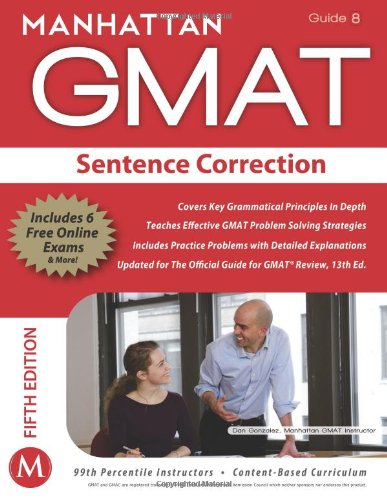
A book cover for Sentence Correction GMAT Strategy Guide, 5th Edition (Manhattan GMAT Preparation Guide: Sentence Correction); Manhattan GMAT; Test Preparation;